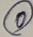
Text: 0